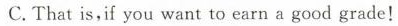
C.That is,if you want to earn a good grade!